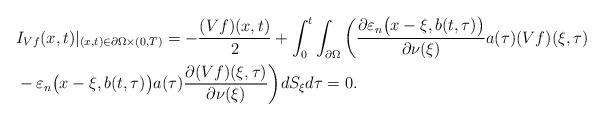
LaTeX: \begin{align*}&I_{Vf}(x,t)|_{(x,t)\in \partial\Omega\times(0,T)}=-\frac{(Vf)(x,t)}{2}+\int_{0}^{t} \int_{\partial\Omega}\bigg( \frac{\partial \varepsilon_{n}\big(x-\xi,b(t,\tau)\big)}{\partial\nu(\xi)}a(\tau)(Vf)(\xi,\tau)\\&-\varepsilon_{n}\big(x-\xi,b(t,\tau)\big)a(\tau)\frac{\partial (Vf)(\xi,\tau)}{\partial\nu(\xi)}\bigg) dS_{\xi}d\tau=0.\end{align*}